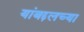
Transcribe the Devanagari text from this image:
यांबद्दलच्या